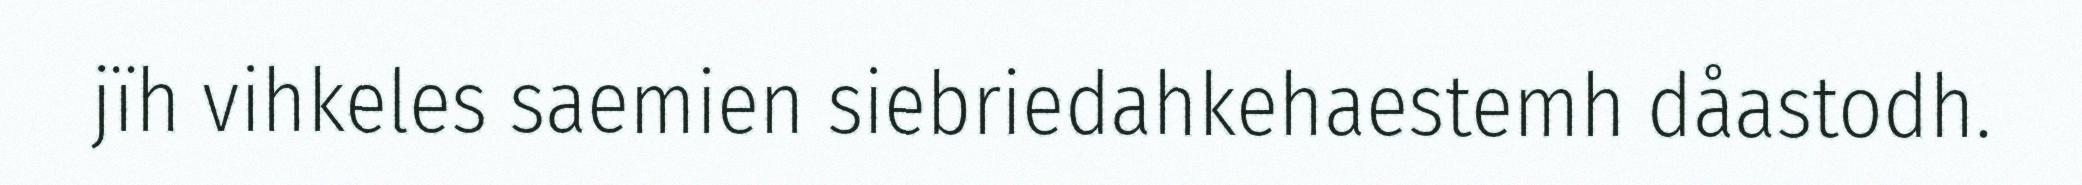
jïh vihkeles saemien siebriedahkehaestemh dåastodh.